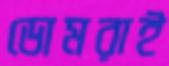
ডোমরাই